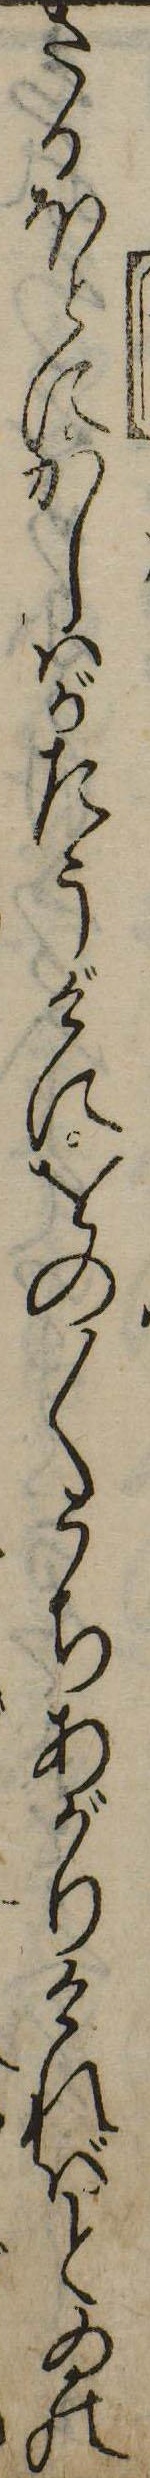
さるほとにかしはがたうげにをの〱うちあがりければどゐの